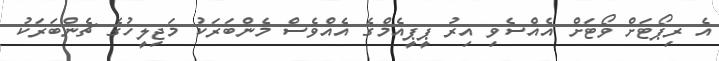
އެ ރިޕޯޓަށް ވޯޓަށް އެއްސެވި އިރު ޕީޕީއެމްގެ އެއްވެސް މެންބަރަކު މަޖިލީހުގެ ޗެންބަރަކު